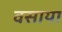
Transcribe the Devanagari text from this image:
वसाया